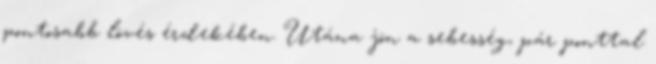
pontosabb lövés érdekében. Utána jön a sebesség, pár ponttal